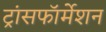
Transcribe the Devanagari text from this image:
ट्रांसफॉर्मेशन